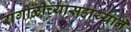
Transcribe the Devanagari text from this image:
रांगोळीच्यासहाय्याने